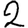
Digit: 2